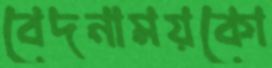
বেদনাময়কো